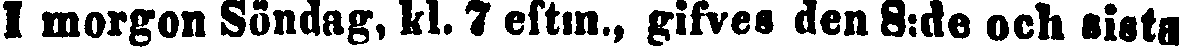
I morgon Söndag, kl. 7 eftm., gifves den 8:de och sista